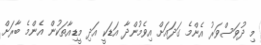
މި ދުވަސްވަރު އެންމެ ގަދައަށް އިވެމުންދާ އަޑަކީ އަދި މީޑިއާތަކުން އެންމެ ބާރަށް